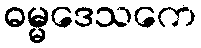
ဓမ္မဒေသကေ